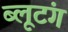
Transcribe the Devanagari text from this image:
ब्लूटंग